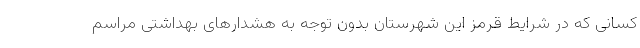
کسانی که در شرایط قرمز این شهرستان بدون توجه به هشدارهای بهداشتی مراسم